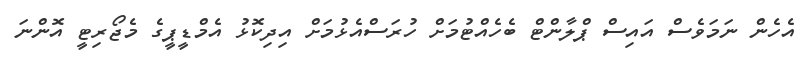
އެހެން ނަމަވެސް އައިސް ޕްލާންޓް ބެހެއްޓުމަށް ހުރަސްއެޅުމަށް އިދިކޮޅު އެމްޑީޕީގެ މެޖޯރިޓީ އޮންނަ